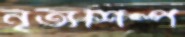
নৃত্যশিল্প